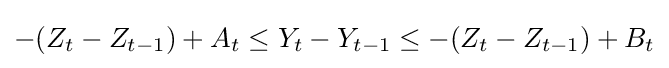
-(Z_{t}-Z_{t-1})+A_{t}\leq Y_{t}-Y_{t-1}\leq -(Z_{t}-Z_{t-1})+B_{t}